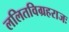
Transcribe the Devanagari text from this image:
ललितविग्रहराजः